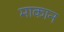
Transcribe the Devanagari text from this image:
माकान